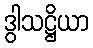
ဒွါသဋ္ဌိယာ